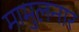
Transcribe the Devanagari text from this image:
मामुलनार